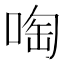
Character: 啕